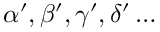
\alpha ^ { \prime } , \beta ^ { \prime } , \gamma ^ { \prime } , \delta ^ { \prime } \ldots